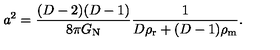
a ^ { 2 } = \frac { ( D - 2 ) ( D - 1 ) } { 8 \pi G _ { \mathrm { N } } } \frac { 1 } { D \rho _ { \mathrm { r } } + ( D - 1 ) \rho _ { \mathrm { m } } } .